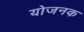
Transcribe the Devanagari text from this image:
योजनक